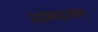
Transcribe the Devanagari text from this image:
तांब्यावर